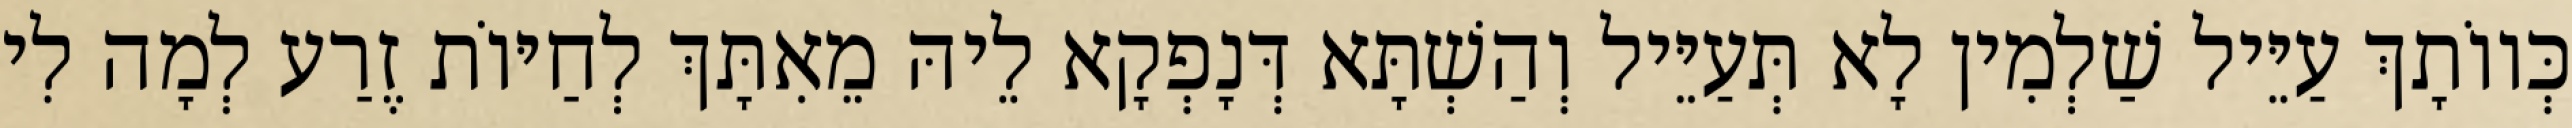
כְּווֹתָךְ עַיֵּיל שַׁלְמִין לָא תְּעַיֵּיל וְהַשְׁתָּא דְּנָפְקָא לֵיהּ מֵאִתָּךְ לְחַיּוֹת זֶרַע לְמָה לִי